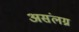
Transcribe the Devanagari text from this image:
असंलग्न